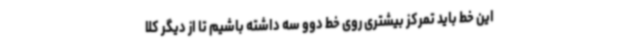
این خط باید تمرکز بیشتری روی خط دوو سه داشته باشیم تا از دیگر کلا